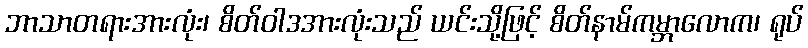
ဘာသာတရားအားလုံး၊ စိတ်ဝါဒအားလုံးသည် ယင်းသို့ဖြင့် စိတ်နာမ်ကမ္ဘာလောက၊ ရုပ်